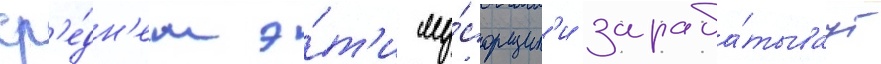
ср'е́дн'ем э́т'и му́сорщик'и зараба́тываут